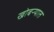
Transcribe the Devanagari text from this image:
खोबऱ्यात